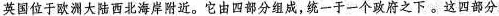
英国位于欧洲大陆西北海岸附近。它由四部分组成,统一于一个政府之下。这四部分